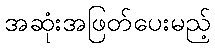
အဆုံးအဖြတ်ပေးမည့်